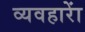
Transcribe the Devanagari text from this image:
व्यवहाराें